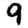
Digit: 9